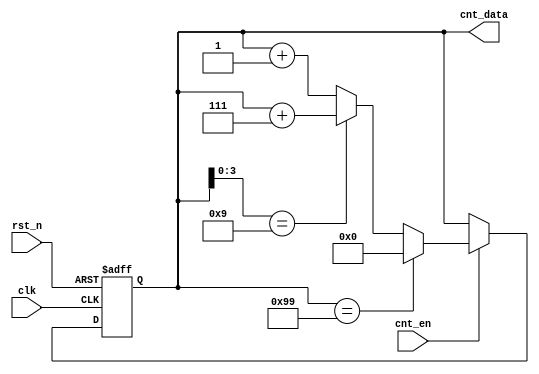
`timescale 1ns / 1ps
module ShowCnt(
    input clk,
    input rst_n,
    input cnt_en,
    output reg [7:0] cnt_data
    );
	 
always@(posedge clk or negedge rst_n)
begin
    if(~rst_n )                  //
	     cnt_data <= 8'h90;
    else if(cnt_en)
        begin
	             if(cnt_data == 8'h99)
		              cnt_data <= 8'h00;   //990
                else if(cnt_data[3:0] == 4'h9)
		              cnt_data <= cnt_data + 8'h7;//9
                else
			           cnt_data <= cnt_data + 8'h1;        
	     end
 end

endmodule